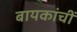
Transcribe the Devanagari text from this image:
बायकांचीं